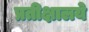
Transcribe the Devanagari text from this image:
प्रतीक्षालये